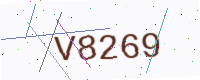
Text: V8269